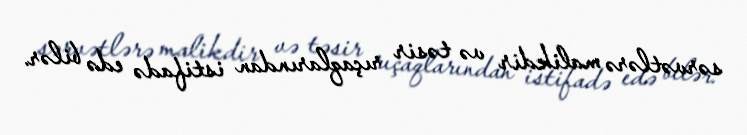
sərvətlərə malikdir və təsir rıçaqlarından istifadə edə bilər.